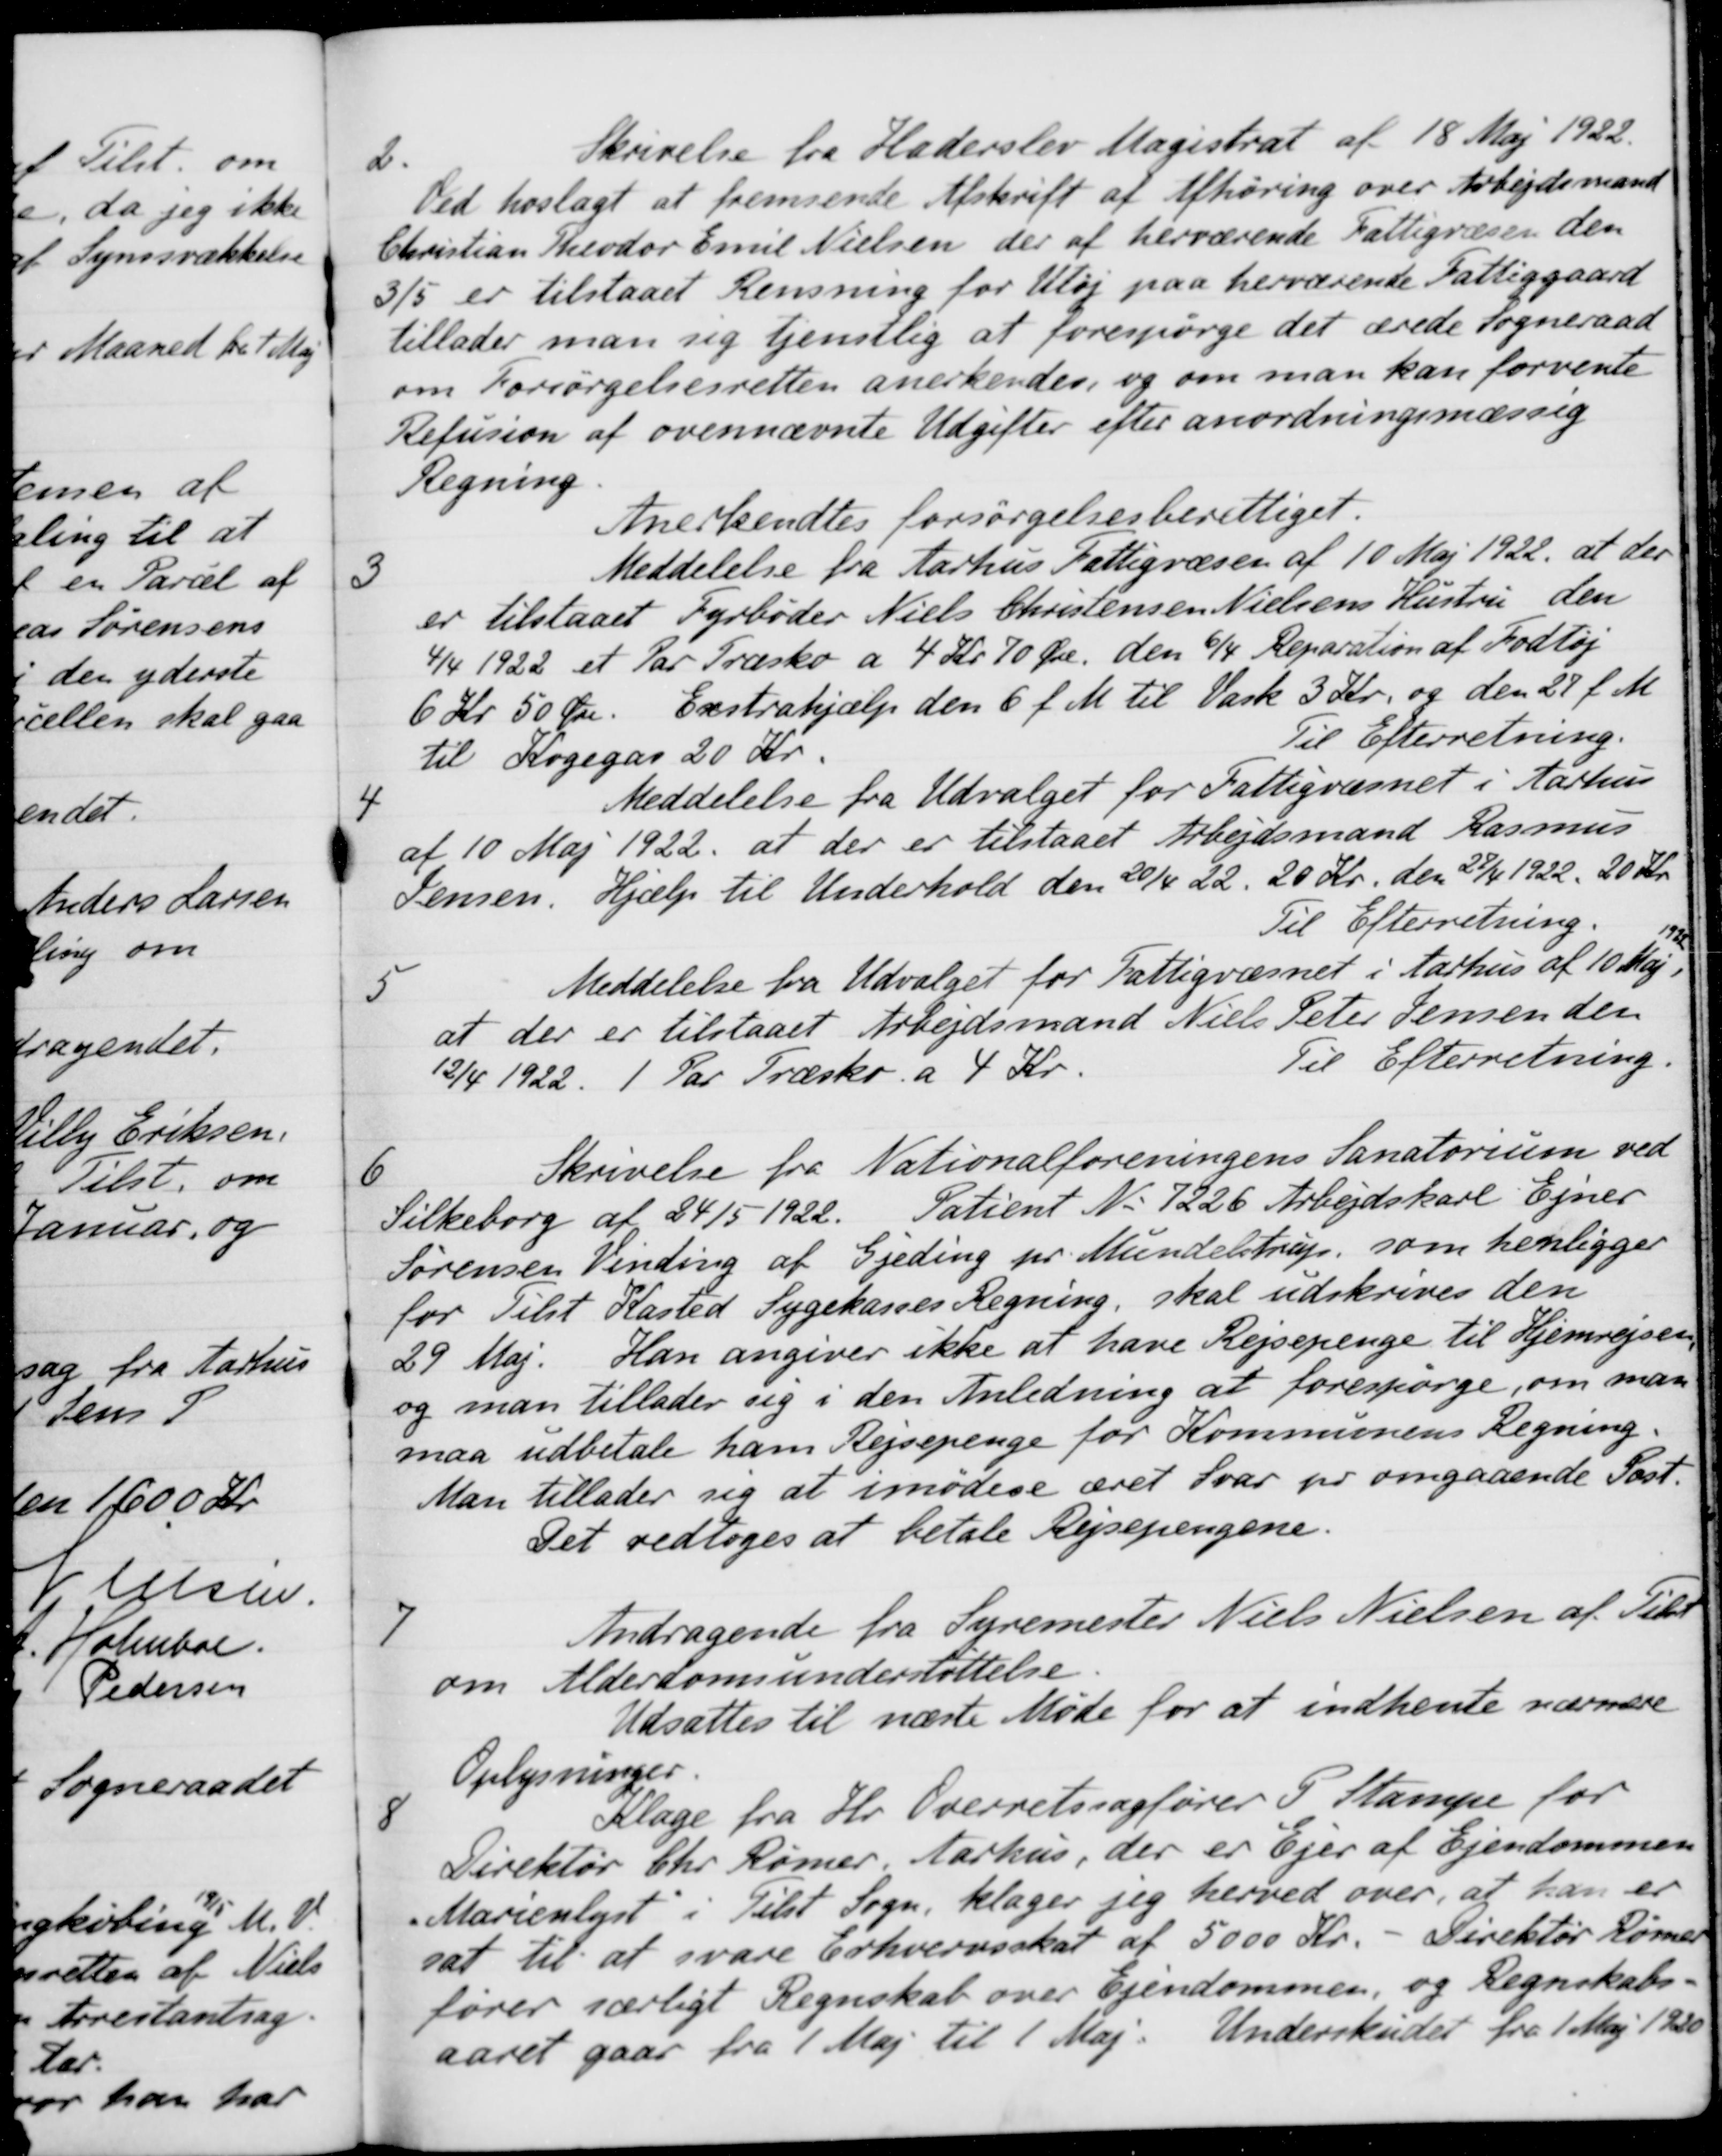
Transskription:
2.
Skrivelse fra Haderslev Magistrat af 18 Maj 1922.
Ved hoslagt at fremsende Afskrift af Afhøring over Arbejdsmand
Christian Theodor Emil Nielsen der af herværende Fattigvæsen den
3/5 er tilstaaet Rensning for Uløj paa herværende Fattiggaard
tillader man sig tjenstlig at forespørge det ærede Sogneraad
om Forsørgelsesretten anerkendes, og om man kan forvente
Refusion af ovennævnte Udgifter efter anordningsmæssig
Regning
Anerkendtes forsørgelsesberettiget.
3
Meddelelse fra Aarhus Fattigvæsen af 10 Maj 1922, at der
er tilstaaet Fyrbøder Niels Christensen Nielsens Hustru den
4/4 1922 et Par Træsko a 4 Kr. 70 Øre den 6/4 Reparation af Fodtøj
6 Kr 50 Øre. Exstrahjælp den 6 f. M. til Vask 3 Kr. og den 27 f. M.
til Kogegas 20 Kr.
Til Efterretning.
4
Meddelelse fra Udvalget for Fattigvæsnet i Aarhus
af 10 Maj 1922, at der er tilstaaet Arbejdsmand Rasmus
Jensen. Hjælp til Underhold den 20/4 22, 20 Kr. den 27/4 1922. 20 Kr.
Til Efterretning.
5
Meddelelse fra Udvalget for Fattigvæsnet i Aarhus af 10 Maj 1922.
at der er tilstaaet Arbejdsmand Niels Peter Jensen den
12/4 1922. 1 Par Træsko a 4 Kr.
Til Efterretning.
6
Skrivelse fra Nationalforeningens Sanatorium ved
Silkeborg af 24/5 1922. Patient No 7226 Arbejdskarl Ejner
Sørensen Vinding af Gjeding pr. Mundelstrup, som henligger
for Tilst Kasted Sygekasses Regning, skal udskrives den
29 Maj. Han angiver ikke at have Rejsepenge til Hjemrejsen
og man tillader sig i den Anledning at forespørge, om man
maa udbetale ham Rejsepenge for Kommunens Regning.
Man tillader sig at imødese æret Svar pr omgaaende Post.
Det vedtoges at betale Rejsepengene.
7
Andragende fra Syremester Niels Nielsen af Tilst
om Alderdomsunderstøttelse.
Udsattes til næste Møde for at indhente nærmere
Oplysninger.
8
Klage fra Hr. Overretssagfører 5 Stampe for
Direktør Chr. Rømer, Aarhus, der er Ejer af Ejendommen
Marienlyst i Tilst Sogn, klager jeg herved over, at han er
sat til at svare Erhvervsskat af 5000 Kr. - Direktør Rømer
fører særligt Regnskab over Ejendommen, og Regnskabs-
aaret gaar fra 1 Maj til 1 Maj
Underskudet fra 1 Maj 1920